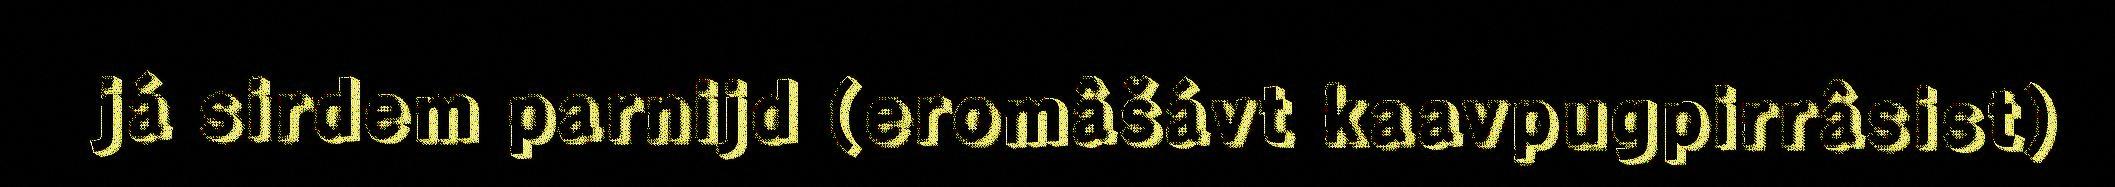
já sirdem parnijd (eromâšávt kaavpugpirrâsist)